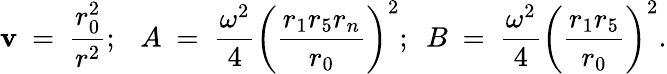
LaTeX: \mathbf{v}~=~{\frac{{r_{0}^{2}}}{{r^{2}}}};~~~A~=~{\frac{{\omega^{2}}}{{4}}}\left({\frac{{r_{1}r_{5}r_{n}}}{{r_{0}}}}\right)^{2};~~B~=~{\frac{{\omega^{2}}}{{4}}}\left({\frac{{r_{1}r_{5}}}{{r_{0}}}}\right)^{2}.